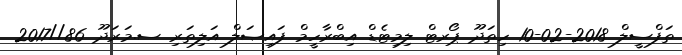
ތަފްސީލް 2018-02-10 ހިތަދޫ ޕޯރޓް ލިމިޓެޑް އިބްރާހީމް ފައިޞަލް އަލިތަރި ސ.މަރަދޫ 86//2017